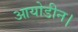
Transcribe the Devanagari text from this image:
आयोडीन।